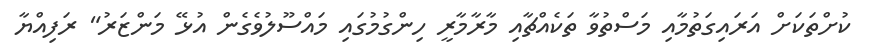
ކުށްތަކަށް އަރައިގަތުމާއި މަސްތުވާ ތަކެއްޗާއި މާރާމާރީ ހިންގުމުގައި މައްސޫލުވެގެން އުޅޭ މަންޒަރު" ރަފިއްޔާ